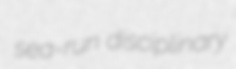
sea-run disciplinary